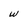
Character: w